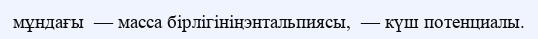
мұндағы  — масса бірлігініңэнтальпиясы,  — күш потенциалы.